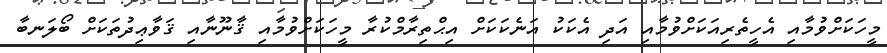
މީހަކަށްވުމާއި އެހީތެރިއަކަށްވުމާއި އަދި އެކަކު އަނެކަކަށް އިޙްތިރާމްކުރާ މީހަކަށްވުމާއި ޤާނޫނާއި ޤަވާޢިދުތަކަށް ބޯލަނބާ